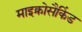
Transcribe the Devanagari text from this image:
माइक्रोसैकिंड